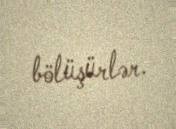
bölüşürlər.